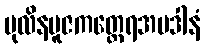
ပုလိနပူဇကတ္ထေရအပဒါနံ